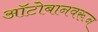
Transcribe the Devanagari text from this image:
ऑटोबानवरून